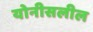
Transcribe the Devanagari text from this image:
योनीसलील